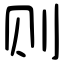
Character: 则